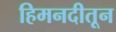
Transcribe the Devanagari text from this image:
हिमनदीतून